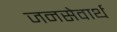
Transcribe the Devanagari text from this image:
जनसेवार्थ